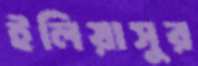
ইলিয়াসুর